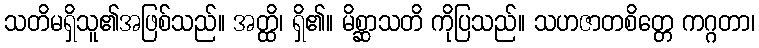
သတိမရှိသူ၏အဖြစ်သည်။ အတ္ထိ၊ ရှိ၏။ မိစ္ဆာသတိ ကိုပြသည်။ သဟဇာတစိတ္တေ ကဂ္ဂတာ၊